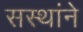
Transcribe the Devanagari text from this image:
सस्थांने